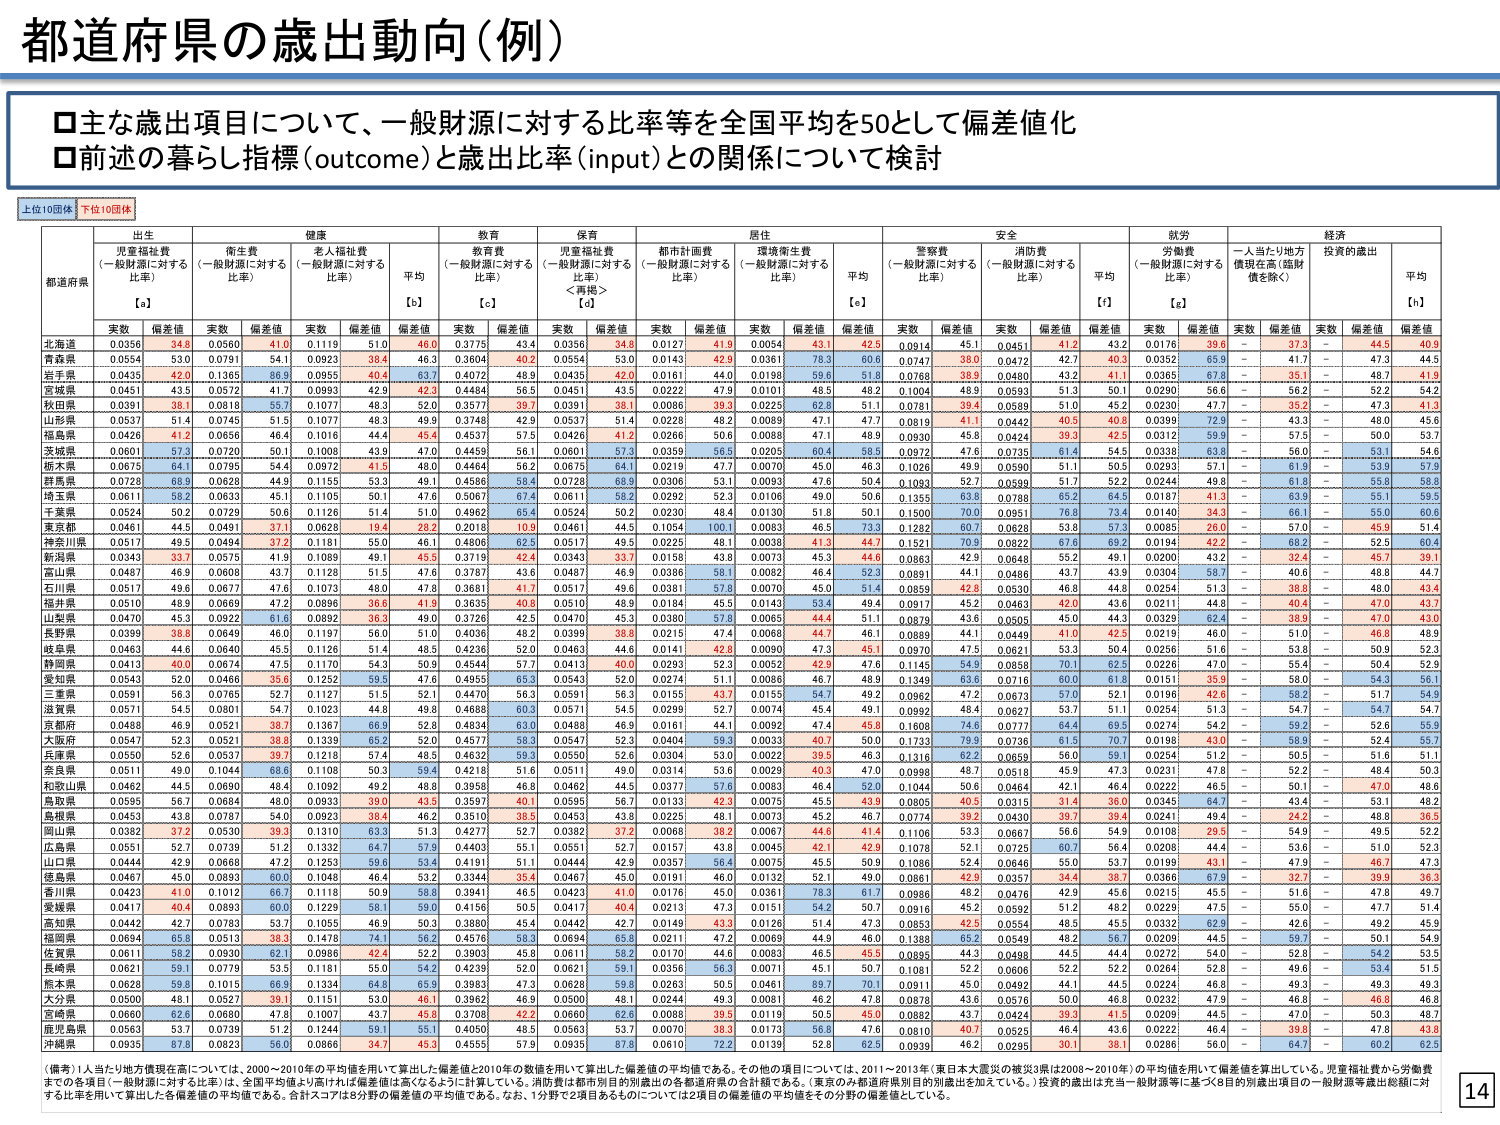
都道府県の歳出動向（例）

□主な歳出項目について、一般財源に対する比率等を全国平均を50として偏差値化
□前述の暮らし指標（outcome）と歳出比率（input）との関係について検討

上位10団体 下位10団体

出生 健康 教育 保育 居住 安全 就労 経済
児童福祉費（一般財源に対する比率） 衛生費（一般財源に対する比率） 老人福祉費（一般財源に対する比率） 平均 教育費（一般財源に対する比率） 児童福祉費（一般財源に対する比率）＜再掲＞ 都市計画費（一般財源に対する比率） 環境衛生費（一般財源に対する比率） 平均 警察費（一般財源に対する比率） 消防費（一般財源に対する比率） 平均 労働費（一般財源に対する比率） 一人当たり地方債現在高（総財債を除く） 投資的歳出 平均
[a] [b] [c] [d] [e] [f] [g] [h]
都道府県 実数 偏差値 実数 偏差値 実数 偏差値 偏差値 実数 偏差値 実数 偏差値 実数 偏差値 実数 偏差値 実数 偏差値 実数 偏差値 実数 偏差値 実数 偏差値 実数 偏差値 実数 偏差値 実数 偏差値 実数 偏差値
北海道 0.0356 34.8 0.0560 41.0 0.1119 51.0 46.0 0.3775 43.4 0.0356 34.8 0.0127 41.9 0.0054 43.1 42.5 0.0914 45.1 0.0451 41.2 43.2 0.0176 39.6 37.3 44.5 40.9
青森県 0.0554 53.0 0.0791 54.1 0.0923 38.4 46.3 0.3604 40.2 0.0554 53.0 0.0143 42.9 0.0361 78.3 60.6 0.0747 38.0 0.0472 42.7 40.3 0.0352 65.9 41.7 47.3 44.5
岩手県 0.0435 42.0 0.1365 56.9 0.0955 40.4 63.7 0.4072 48.9 0.0435 42.0 0.0161 44.0 0.0198 59.6 51.8 0.0768 38.9 0.0480 43.2 41.1 0.0365 67.8 35.1 48.7 41.9
宮城県 0.0451 43.5 0.0572 41.7 0.0993 42.9 42.3 0.4484 56.5 0.0451 43.5 0.0222 47.9 0.0101 48.5 48.2 0.1004 48.9 0.0593 51.3 50.1 0.0290 56.6 56.2 52.2 54.2
秋田県 0.0391 38.1 0.0818 55.7 0.1077 48.3 52.0 0.3577 39.7 0.0391 38.1 0.0086 39.3 0.0225 62.8 51.1 0.0781 39.4 0.0589 51.0 45.2 0.0230 47.7 35.2 47.3 41.3
山形県 0.0537 51.4 0.0745 51.3 0.1077 48.3 49.9 0.3748 42.9 0.0537 51.4 0.0228 48.2 0.0089 47.1 47.7 0.0819 41.1 0.0442 40.5 40.8 0.0399 72.9 43.3 48.0 45.6
福島県 0.0426 41.2 0.0656 46.4 0.1016 44.4 45.4 0.4537 57.5 0.0426 41.2 0.0266 50.8 0.0088 47.1 48.9 0.0930 45.8 0.0424 39.3 42.5 0.0312 59.9 57.5 50.0 53.7
茨城県 0.0601 57.3 0.0720 50.1 0.1008 43.9 47.1 0.4453 56.1 0.0601 57.3 0.0258 56.5 0.0095 50.4 58.5 0.0972 47.6 0.0735 61.4 54.5 0.0338 63.8 56.0 53.1 54.6
栃木県 0.0675 64.1 0.0795 54.4 0.0972 41.5 48.0 0.4464 56.2 0.0675 64.1 0.0219 47.7 0.0070 45.0 46.3 0.1026 49.9 0.0590 51.1 50.5 0.0293 57.1 61.9 53.5 57.2
群馬県 0.0728 68.8 0.0828 44.9 0.1155 53.0 49.1 0.4598 59.4 0.0728 68.8 0.0306 52.1 0.0093 47.6 50.4 0.1083 52.7 0.0588 51.7 52.2 0.0244 49.8 61.8 55.8 58.9
埼玉県 0.0611 58.2 0.0633 45.1 0.1105 50.3 47.6 0.5067 67.4 0.0611 58.2 0.0292 52.3 0.0106 49.0 50.6 0.1365 63.6 0.0768 65.2 64.5 0.0197 41.3 63.9 55.1 59.5
千葉県 0.0524 50.2 0.0729 50.6 0.1126 51.4 51.0 0.4962 65.4 0.0524 50.2 0.0230 48.4 0.0130 51.8 50.1 0.1500 70.0 0.0951 76.8 73.4 0.0140 34.3 66.1 55.0 60.6
東京都 0.0461 44.5 0.0491 37.1 0.0628 19.4 28.2 0.2018 10.9 0.0461 44.5 0.1054 100.1 0.0083 46.5 73.3 0.1282 60.7 0.0628 53.8 57.3 0.0085 26.0 57.0 45.9 51.4
神奈川県 0.0517 49.5 0.0494 37.2 0.1181 55.0 46.1 0.4806 62.5 0.0517 49.5 0.0225 48.1 0.0038 41.3 44.7 0.1521 70.9 0.0822 67.6 69.2 0.0194 42.2 68.2 52.5 60.4
新潟県 0.0343 33.7 0.0575 41.9 0.1089 49.1 45.5 0.3719 42.4 0.0343 33.7 0.0158 43.8 0.0073 45.3 44.6 0.0863 42.9 0.0648 55.2 49.1 0.0200 43.2 32.4 45.7 39.1
富山県 0.0487 46.9 0.0608 43.7 0.1128 51.5 47.6 0.3787 43.6 0.0487 46.9 0.0386 58.1 0.0082 46.4 52.3 0.0891 44.1 0.0486 43.7 43.9 0.0304 58.7 40.6 48.8 44.7
石川県 0.0517 49.6 0.0677 47.6 0.1073 48.0 47.8 0.3681 41.7 0.0517 49.6 0.0381 57.8 0.0070 45.0 51.4 0.0859 42.8 0.0530 46.8 44.8 0.0254 51.3 38.8 48.0 43.4
福井県 0.0510 48.9 0.0669 47.2 0.0896 36.6 41.9 0.3635 40.8 0.0510 48.9 0.0184 45.5 0.0143 53.4 49.4 0.0917 45.2 0.0463 42.0 43.6 0.0211 44.8 40.4 47.0 43.7
山梨県 0.0470 45.3 0.0922 61.6 0.0892 36.3 49.0 0.3726 42.5 0.0470 45.3 0.0380 57.8 0.0065 44.4 51.1 0.0879 43.6 0.0505 45.0 44.3 0.0329 62.4 38.9 47.0 43.0
長野県 0.0399 38.8 0.0649 46.0 0.1197 56.0 51.0 0.4036 48.2 0.0399 38.8 0.0215 47.4 0.0068 44.7 46.1 0.0889 44.1 0.0449 41.0 42.5 0.0219 46.0 51.0 46.8 48.9
岐阜県 0.0463 44.6 0.0640 45.5 0.1126 51.4 48.5 0.4236 52.0 0.0463 44.6 0.0141 42.8 0.0090 47.3 45.1 0.0970 47.5 0.0621 53.3 50.4 0.0256 51.6 53.8 50.9 52.3
静岡県 0.0413 40.0 0.0674 47.5 0.1170 54.3 50.9 0.4544 57.7 0.0413 40.0 0.0293 52.3 0.0052 42.9 47.6 0.1145 54.9 0.0858 70.1 62.5 0.0226 47.0 55.4 50.4 52.9
愛知県 0.0543 52.0 0.0466 35.6 0.1252 59.5 47.6 0.4955 65.3 0.0543 52.0 0.0274 51.1 0.0086 46.7 48.9 0.1349 63.6 0.0716 60.0 61.8 0.0151 35.9 58.0 54.3 56.1
三重県 0.0591 56.3 0.0765 52.7 0.1127 51.5 52.1 0.4470 56.3 0.0591 56.3 0.0155 43.7 0.0155 54.7 49.2 0.0962 47.2 0.0673 57.0 52.1 0.0196 42.6 58.2 51.7 54.9
滋賀県 0.0571 54.5 0.0801 54.7 0.1023 44.8 49.8 0.4688 60.3 0.0571 54.5 0.0299 52.7 0.0074 45.4 49.1 0.0992 48.4 0.0627 53.7 51.1 0.0254 51.3 54.7 54.7
京都府 0.0488 46.9 0.0521 38.7 0.1367 66.9 52.8 0.4834 63.0 0.0488 46.9 0.0161 44.1 0.0092 47.4 45.8 0.1606 74.6 0.0777 64.4 69.5 0.0274 54.2 59.2 52.6 55.9
大阪府 0.0547 52.3 0.0521 38.6 0.1339 65.2 52.0 0.4577 58.3 0.0547 52.3 0.0404 59.3 0.0033 40.7 50.0 0.1733 79.9 0.0736 61.5 70.7 0.0198 43.0 58.9 52.4 55.7
兵庫県 0.0550 52.8 0.0537 39.4 0.1181 57.4 48.3 0.4635 59.3 0.0550 52.8 0.0324 53.0 0.0072 39.5 48.2 0.1316 60.2 0.0859 56.0 59.1 0.0218 51.2 50.6 52.4 51.1
奈良県 0.0511 49.0 0.1044 68.6 0.1108 50.3 59.4 0.4218 51.6 0.0511 49.0 0.0314 53.6 0.0029 40.3 47.0 0.0998 48.7 0.0518 45.9 47.3 0.0231 47.8 52.2 48.4 50.3
和歌山県 0.0462 44.5 0.0890 48.4 0.1092 49.2 48.8 0.3958 46.8 0.0462 44.5 0.0377 57.6 0.0083 46.4 52.0 0.0944 50.6 0.0444 42.1 46.4 0.0222 46.5 50.1 47.0 48.6
鳥取県 0.0595 56.7 0.0684 48.0 0.0933 39.0 43.5 0.3597 40.1 0.0595 56.7 0.0133 42.3 0.0075 45.5 43.9 0.0805 40.5 0.0315 31.4 36.0 0.0345 64.7 43.4 53.1 48.2
島根県 0.0453 43.8 0.0787 54.0 0.0923 38.4 46.2 0.3510 38.5 0.0453 43.8 0.0225 48.1 0.0073 45.2 46.7 0.0774 39.2 0.0430 39.7 39.4 0.0241 49.4 24.2 48.8 36.5
岡山県 0.0382 37.2 0.0530 39.3 0.1310 63.3 51.3 0.4277 52.7 0.0382 37.2 0.0068 38.2 0.0067 44.6 41.4 0.1106 53.3 0.0667 56.6 54.9 0.0108 29.5 54.9 49.5 52.2
広島県 0.0551 52.7 0.0739 51.2 0.1332 64.7 57.9 0.4403 55.1 0.0551 52.7 0.0157 43.8 0.0045 42.1 42.9 0.1078 52.1 0.0725 60.7 56.4 0.0208 44.4 53.6 51.0 52.3
山口県 0.0444 42.9 0.0668 47.2 0.1253 59.6 53.4 0.4191 51.1 0.0444 42.9 0.0357 56.4 0.0075 45.5 50.9 0.1086 52.4 0.0646 55.0 53.7 0.0199 43.1 47.9 46.7 47.3
徳島県 0.0467 45.0 0.0893 60.0 0.1048 46.4 53.2 0.3344 35.4 0.0467 45.0 0.0191 46.0 0.0132 52.1 49.0 0.0861 42.9 0.0357 34.4 38.7 0.0366 67.9 32.7 39.9 36.3
香川県 0.0423 41.0 0.1012 66.7 0.1118 50.9 58.8 0.3941 46.5 0.0423 41.0 0.0176 45.0 0.0361 78.3 61.7 0.0986 48.2 0.0476 42.9 45.6 0.0215 45.5 51.6 47.8 49.7
愛媛県 0.0417 40.4 0.0893 60.0 0.1229 58.1 59.0 0.4156 50.5 0.0417 40.4 0.0213 47.3 0.0151 54.2 50.7 0.0916 45.2 0.0592 51.2 48.2 0.0229 47.5 55.0 47.7 51.4
高知県 0.0442 42.7 0.0783 53.7 0.1055 46.9 50.3 0.3880 45.4 0.0442 42.7 0.0149 43.3 0.0128 51.4 47.3 0.0853 42.5 0.0554 48.5 45.5 0.0332 62.9 42.6 49.2 45.9
福岡県 0.0694 65.8 0.0513 38.3 0.1478 74.1 56.2 0.4576 58.3 0.0694 65.8 0.0211 47.2 0.0069 44.9 46.0 0.1388 65.2 0.0549 48.2 56.7 0.0209 44.5 59.7 50.1 54.9
佐賀県 0.0611 58.2 0.0930 62.1 0.0986 42.4 52.2 0.3903 45.8 0.0611 58.2 0.0170 44.6 0.0083 46.5 45.5 0.0885 44.3 0.0498 44.5 44.4 0.0272 54.0 52.8 54.2 53.5
長崎県 0.0621 59.1 0.0779 53.5 0.1181 55.0 54.2 0.4239 52.0 0.0621 59.1 0.0356 56.3 0.0071 45.1 50.7 0.1081 52.2 0.0606 52.2 52.2 0.0264 52.8 49.6 53.4 51.5
熊本県 0.0628 59.8 0.1015 66.9 0.1334 64.6 65.9 0.3983 47.3 0.0628 59.8 0.0263 50.5 0.0461 89.7 70.1 0.0911 45.0 0.0492 44.1 44.5 0.0224 46.8 49.3 49.3 49.3
大分県 0.0500 48.1 0.0527 39.1 0.1151 53.0 46.1 0.3962 46.9 0.0500 48.1 0.0244 49.3 0.0081 46.2 47.8 0.0878 43.6 0.0576 50.0 46.8 0.0232 47.9 46.8 46.8 46.8
宮崎県 0.0660 62.6 0.0680 47.8 0.1007 43.7 45.8 0.3708 42.2 0.0660 62.6 0.0088 39.5 0.0119 50.5 45.0 0.0882 43.7 0.0424 39.3 41.5 0.0209 44.5 47.0 50.3 48.7
鹿児島県 0.0563 53.7 0.0739 51.2 0.1244 59.1 55.1 0.4050 48.5 0.0563 53.7 0.0070 36.3 0.0173 56.8 47.6 0.0810 40.7 0.0525 46.4 43.6 0.0222 46.4 39.8 47.8 43.8
沖縄県 0.0935 87.8 0.0823 56.0 0.0866 34.7 45.3 0.4555 57.9 0.0935 87.8 0.0610 72.2 0.0139 52.8 62.5 0.0939 46.2 0.0295 30.1 38.1 0.0266 56.0 64.7 60.2 62.5

（備考）1人当たり地方債現在高については、2000～2010年の平均値を用いて算出した偏差値と2010年の数値を用いて算出した偏差値の平均値である。その他の項目については、2011～2013年（東日本大震災の被災3県は2008～2010年）の平均値を用いて偏差値を算出している。児童福祉費から労働費までの各項目（一般財源に対する比率）は、全国平均値より高ければ偏差値は高くなるように計算している。消防費は都市別別歳出の各都道府県の合計額である。（東京のみ都道府県別目的歳出を加えている。）投資的歳出は充当一般財源等に基づく8目的別歳出項目の一般財源等歳出総額に対する比率を用いて算出した各偏差値の平均値である。合計スコアは8分野の偏差値の平均値である。なお、1分野で2項目あるものについては2項目の偏差値の平均値をその分野の偏差値としている。

14